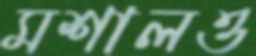
মশালও